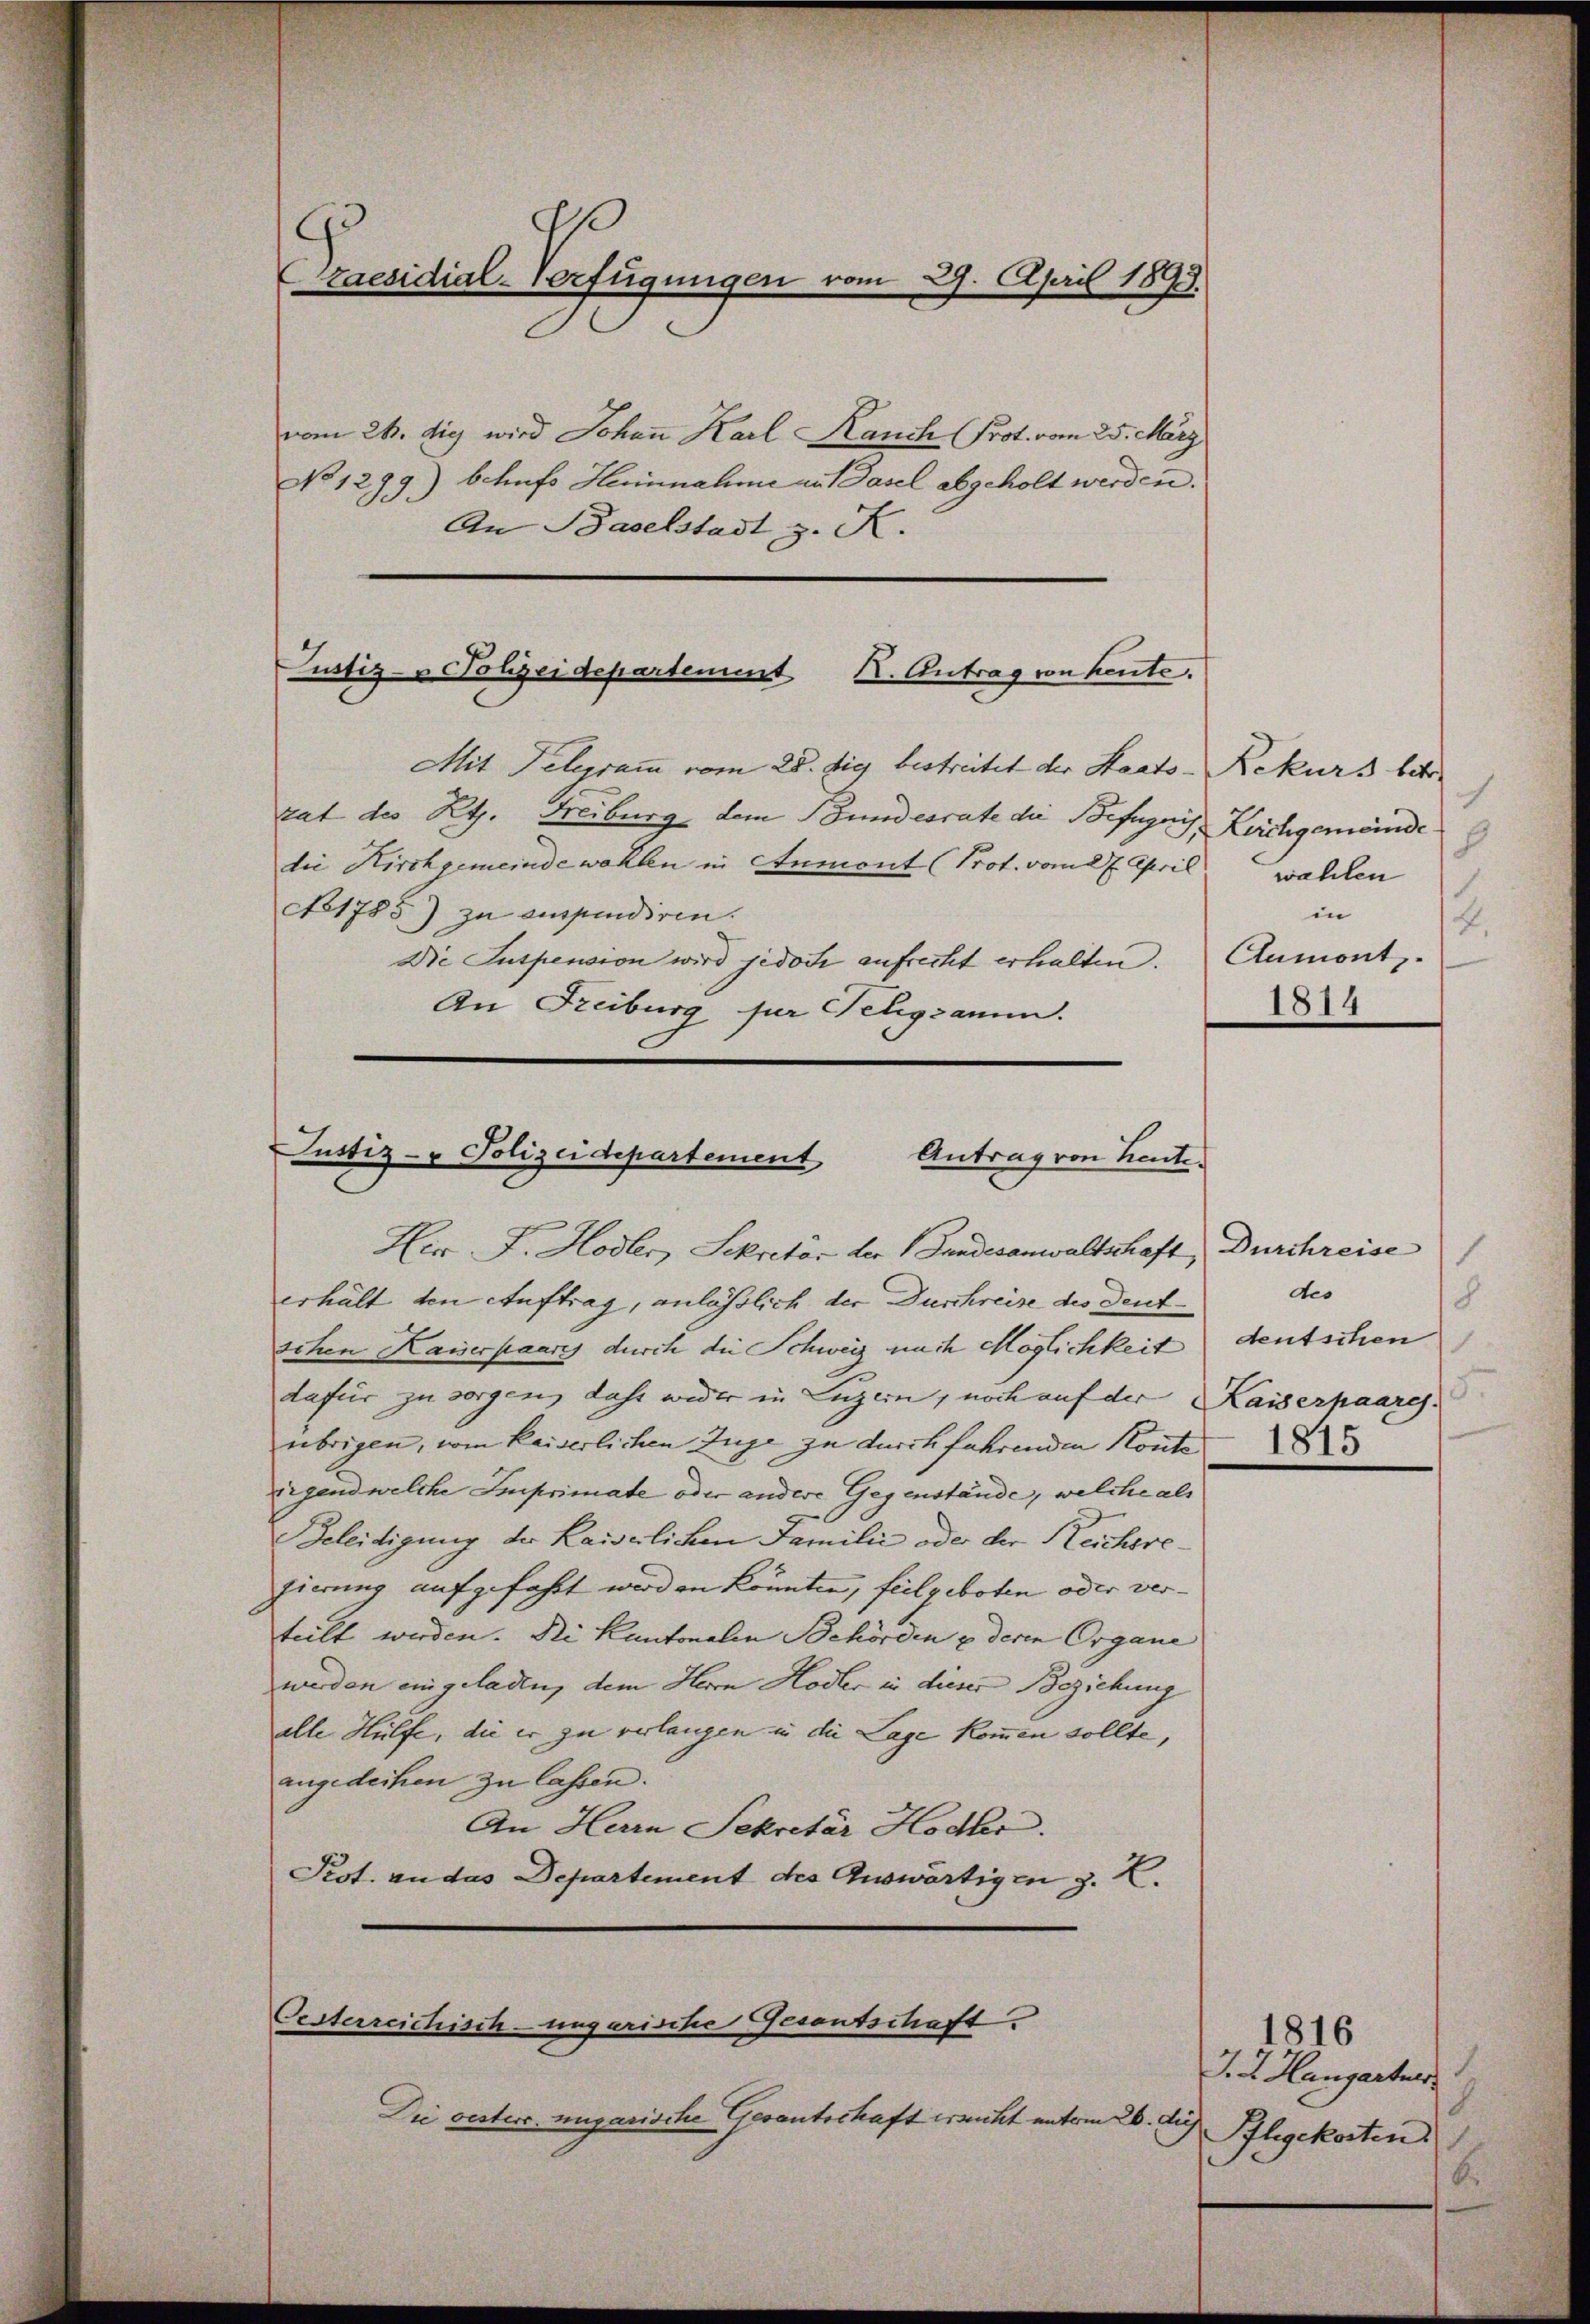
raesidial-Verfügungen vom 29. April 1893.
e

vom 26. die wird Johann Karl Rauch (Prot. vom 25. März
No 1299) behufs Herinnahme an dasel abgeholt werden.
An Baselstadt z. K.

ustiz- u Polzeidepartement Nr. Antrag von heute.

Justiz- & Polizeidepartement
Antrag von heute.

Mit Telegramm vom 28. die bestreitet der Staats-Rekurs betr.
rat des Kts. Freiburg dem Bundesrate die Befugnis, Kirchgemeinde
die Kirchgemeinde wohlen in Anmont (Prot. vom 27. April
No 1785) zu enspendiren.
Die Suspension wird jedoch aufrecht erhalten.
An Freiburg für Telegramm.

Her F. Hodler, Sekretär der Gnadesanwaltschaft, Durchreise
erhält den Auftrag, anlässlich der Duschreise des deutschen Kaiserpaares durch die Schweiz nach Möglichkeit
dafür zu sorgen, daß wider in Luzern, noch auf der Kaiserpaares.
übrigen, vom kaiserlichen Juge zu durch fahrenden Konte
rigend welche Imprimate oder andere Gegenstände, welche als
Beleidigung der Kaiserlichen Familie oder der Reicheregierung aufgefahrt werden könnten, feilgeboten oder ver-
teilt werden. Die Kantonalen Behörden u deren Organe
werden eingeladen, dem Herrn Hodler in dieser Beziehung
alle Hülfe, die er zu verlangen in die Lage kommen sollte,
angedeihen zu lassen.
An Herrn Sekretär Hodhr.
Pest. an das Departement des Auswärtigen z. Z.

Oesterreichisch-ungarische Besentschaft.

Die vesterc. ungarische Gesantschaft ersucht unterm 26. Aus

1
.
wahlen
.
in
4.
Aumont.
1814

1
des
8
deutschen
1
1815

1816
J. J. Hangartner
Ilegekosten
b